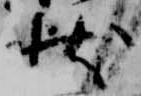
状